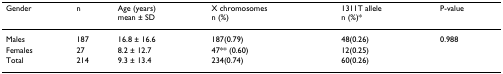
<table><thead><tr><td><b>Gender</b></td><td><b>n</b></td><td><b>Age (years)mean ± SD</b></td><td><b>X chromosomesn (%)</b></td><td><b>1311T allelen (%)*</b></td><td><b>P-value</b></td></tr></thead><tbody><tr><td>Males</td><td>187</td><td>16.8 ± 16.6</td><td>187(0.79)</td><td>48(0.26)</td><td>0.988</td></tr><tr><td>Females</td><td>27</td><td>8.2 ± 12.7</td><td>47** (0.60)</td><td>12(0.25)</td><td></td></tr><tr><td>Total</td><td>214</td><td>9.3 ± 13.4</td><td>234(0.74)</td><td>60(0.26)</td><td></td></tr></tbody></table>